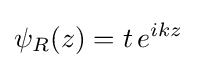
\psi _{R}(z)=t\,e^{ikz}